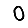
Digit: 0